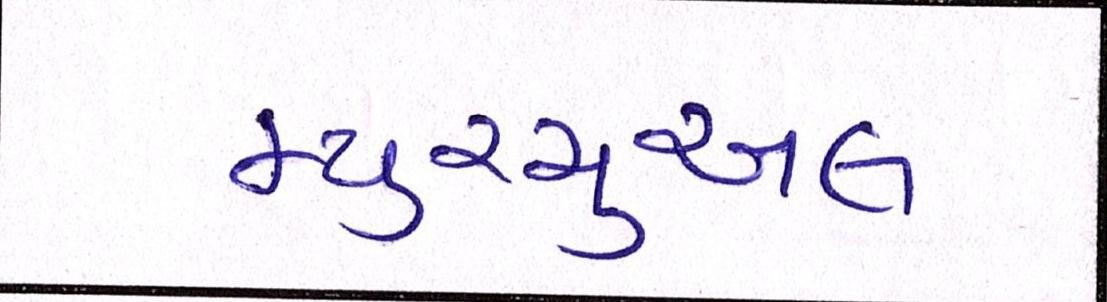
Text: મ્યુચ્યુઅલ